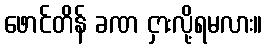
ဖောင်တိန် ခဏ ငှားလို့ရမလား။